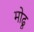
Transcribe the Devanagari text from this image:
मोढू